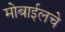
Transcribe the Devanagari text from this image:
मोबाईलचे